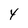
Character: 4